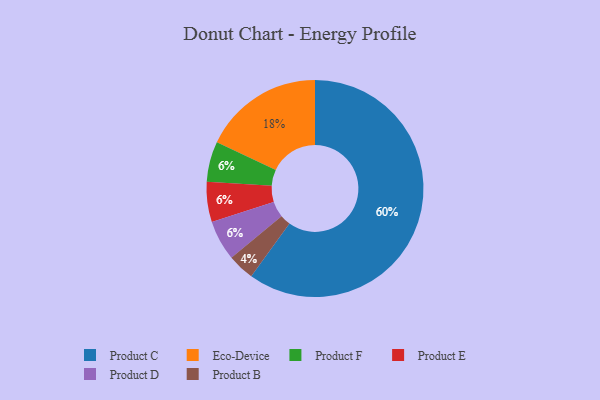
{"axis": {"x": "Category", "y": "Percentage"}, "legend": ["Eco-Device", "Product B", "Product C", "Product D", "Product E", "Product F"], "data": [{"x": "Product B", "y": 4, "type": "Product B"}, {"x": "Product F", "y": 6, "type": "Product F"}, {"x": "Product E", "y": 6, "type": "Product E"}, {"x": "Eco-Device", "y": 18, "type": "Eco-Device"}, {"x": "Product D", "y": 6, "type": "Product D"}, {"x": "Product C", "y": 60, "type": "Product C"}]}